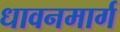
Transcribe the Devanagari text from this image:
धावनमार्ग